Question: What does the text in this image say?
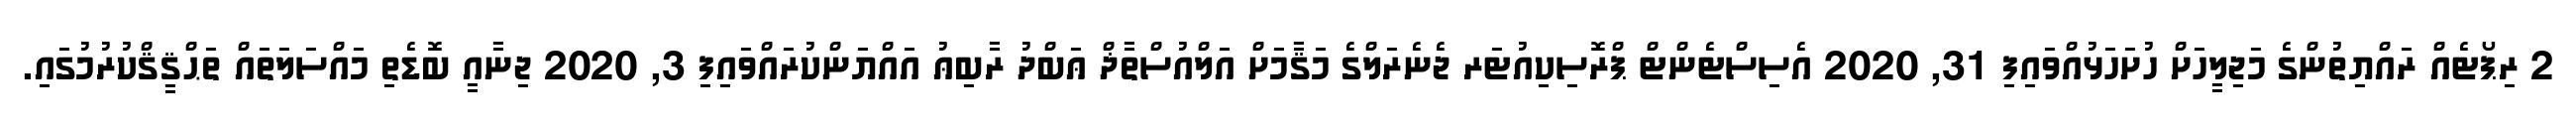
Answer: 2 ރިޕޯޓެއް ރައްޔިތުންގެ މަޖިލީހަށް ހުށަހަޅުއްވައިފި 31, 2020 އެސިސްޓެންޓް ޕްރޮސިކިއުޓަރ ޖެނެރަލްގެ މަޤާމަށް އަލްއުސްތާޛް ޢަބްދު ރާބިޢު އައްޔަންކުރައްވައިފި 3, 2020 ޖިނާއީ ބޮޑެތި މައްސަލަތައް ތަޙްޤީޤްކުރުމުގައި.